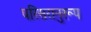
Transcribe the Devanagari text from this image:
परिसरानुरूप